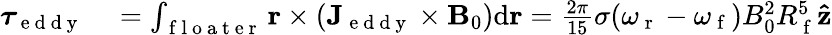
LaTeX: \begin{array}{rl}{\boldsymbol{\tau}_{\mathrm{~e~d~d~y~}}}&{{}=\int_{\mathrm{~f~l~o~a~t~e~r~}}\mathbf{r}\times(\mathbf{J}_{\mathrm{~e~d~d~y~}}\times\mathbf{B}_{0})\mathrm{d}\mathbf{r}=\frac{2\pi}{15}\sigma(\omega_{\mathrm{~r~}}-\omega_{\mathrm{~f~}})B_{0}^{2}R_{\mathrm{~f~}}^{5}\mathbf{\hat{z}}}\end{array}